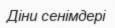
Діни сенімдері